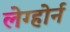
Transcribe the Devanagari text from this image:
लेग्होर्न